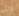
رجل